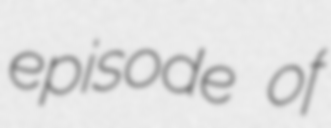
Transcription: episode of